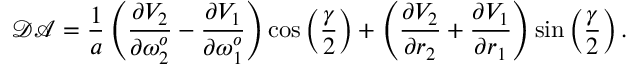
\mathcal { D A } = \frac { 1 } { a } \left( \frac { \partial V _ { 2 } } { \partial \omega _ { 2 } ^ { o } } - \frac { \partial V _ { 1 } } { \partial \omega _ { 1 } ^ { o } } \right) \cos \left( \frac { \gamma } { 2 } \right) + \left( \frac { \partial V _ { 2 } } { \partial r _ { 2 } } + \frac { \partial V _ { 1 } } { \partial r _ { 1 } } \right) \sin \left( \frac { \gamma } { 2 } \right) .